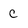
Character: C